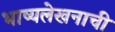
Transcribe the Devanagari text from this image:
भाष्यलेखनाची